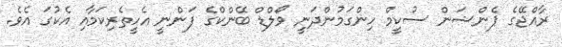
ރާއްޖޭގެ ޕެންޝަން ސުކީމް ހިންގަމުންދަނީ ވޯލްޑް ބޭންކްގެ ފަންނީ އެހީތެރިކަމާއި އެކުގަ އެވެ.